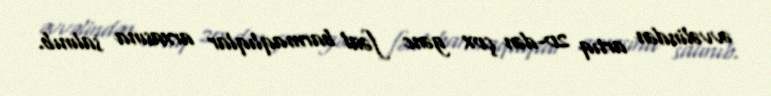
əvvəlindən artıq 20-dən çox gənc fəal barmaqlıqlar arxasına salınıb.